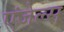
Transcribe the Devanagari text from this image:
एंजेल्‍स